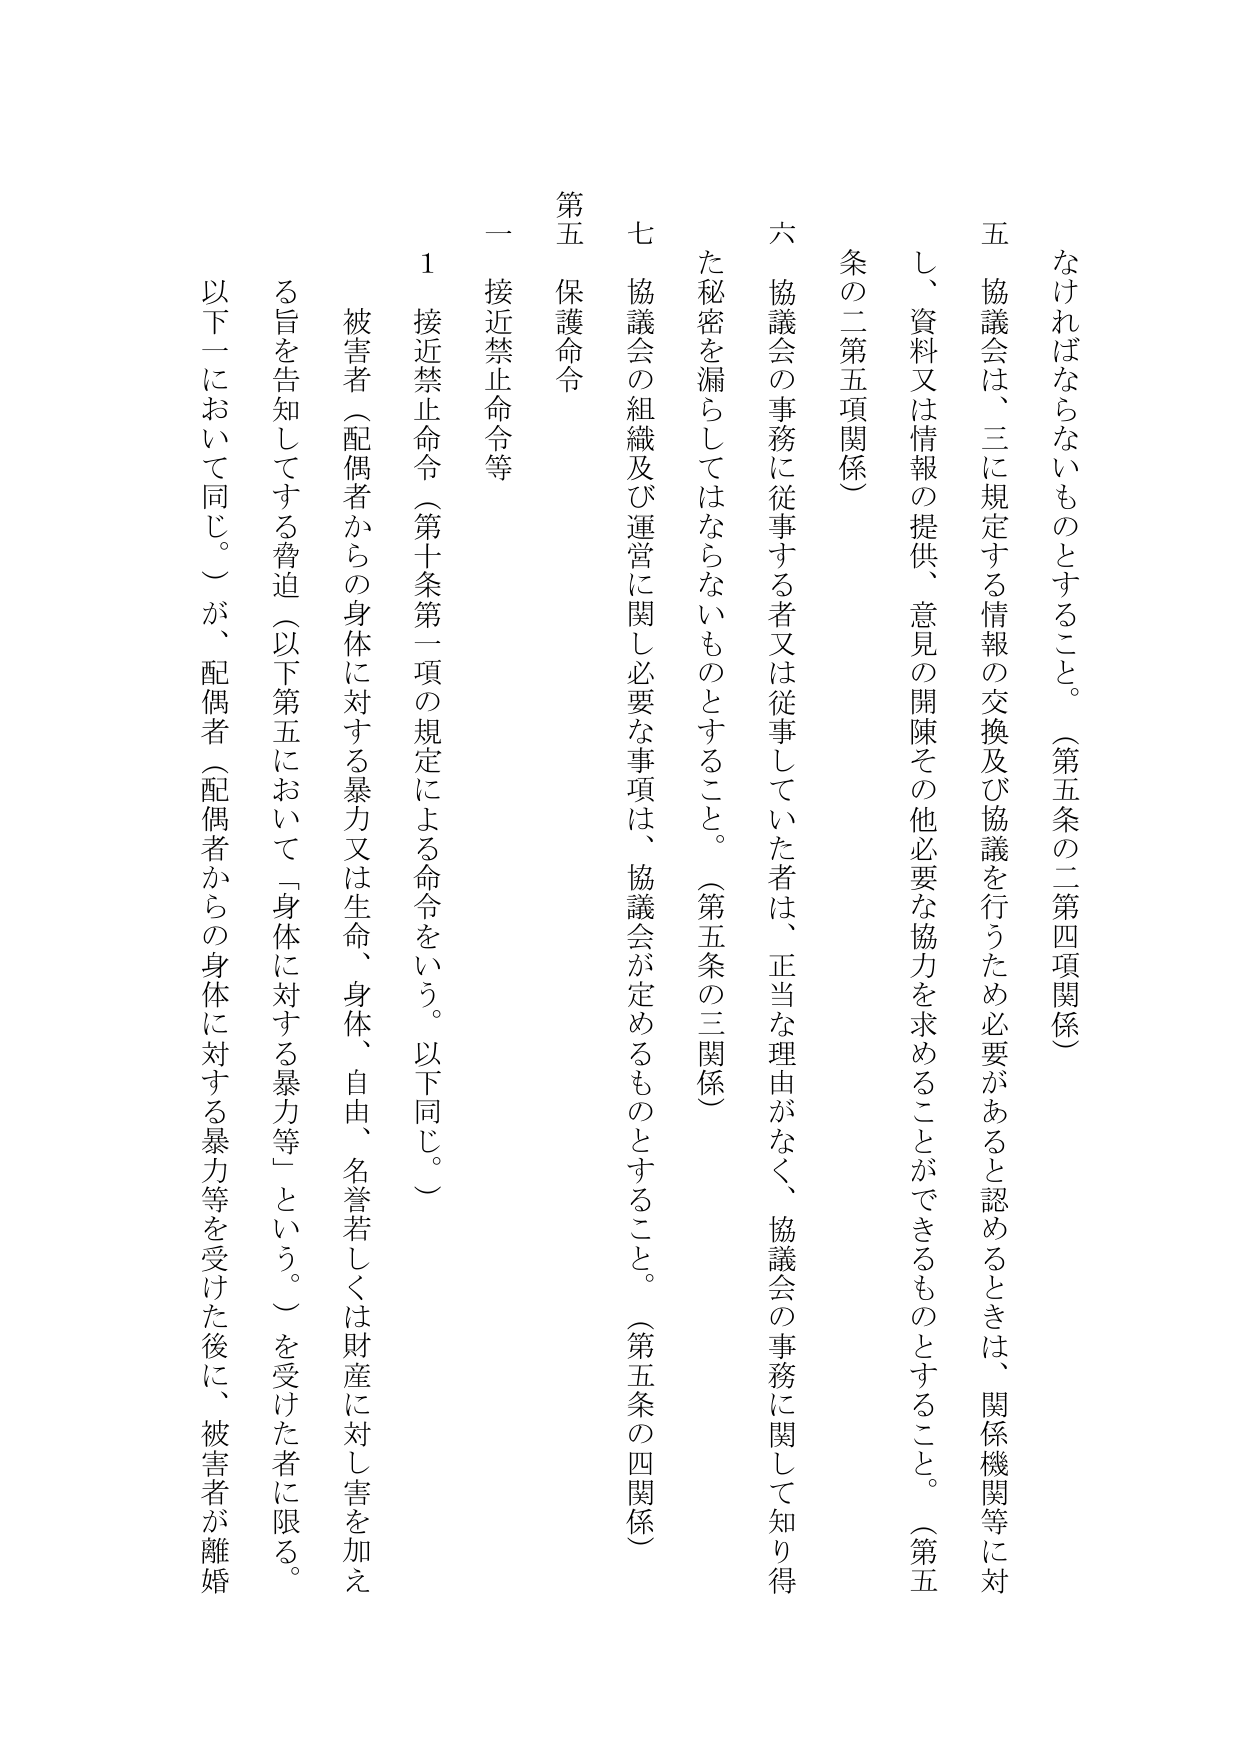
なければならないものとすること。（第五条の二第四項関係）
五 協議会は、三に規定する情報の交換及び協議を行うため必要があると認めるときは、関係機関等に対
し、資料又は情報の提供、意見の開陳その他必要な協力を求めることができるものとすること。（第五
条の二第五項関係）
六 協議会の事務に従事する者又は従事していた者は、正当な理由がなく、協議会の事務に関して知り得
た秘密を漏らしてはならないものとすること。（第五条の三関係）
七 協議会の組織及び運営に関し必要な事項は、協議会が定めるものとすること。（第五条の四関係）
第五 保護命令
一 接近禁止命令等
1 接近禁止命令（第十条第一項の規定による命令をいう。以下同じ。）
被害者（配偶者からの身体に対する暴力又は生命、身体、自由、名誉若しくは財産に対し害を加え
る旨を告知してする脅迫（以下第五において「身体に対する暴力等」という。）を受けた者に限る。
以下一において同じ。）が、配偶者（配偶者からの身体に対する暴力等を受けた後に、被害者が離婚